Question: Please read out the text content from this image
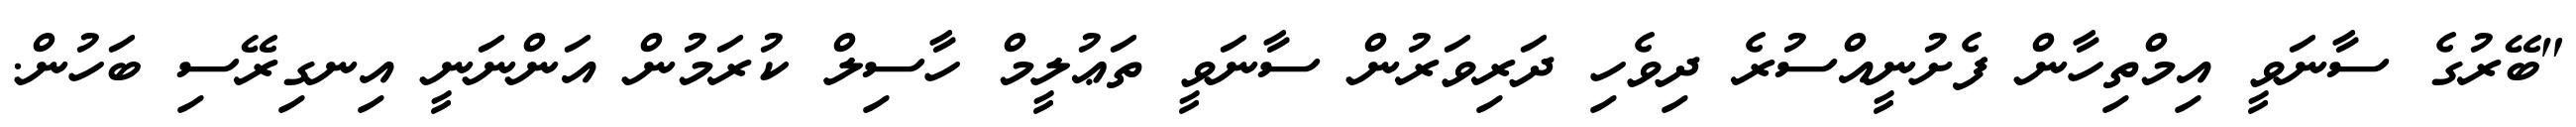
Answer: "ބޭރުގެ ސާނަވީ އިމްތިހާން ފެށުނީއްސުރެ ދިވެހި ދަރިވަރުން ސާނަވީ ތަޢުލީމް ހާސިލް ކުރަމުން އަންނަނީ އިނގިރޭސި ބަހުން.